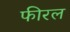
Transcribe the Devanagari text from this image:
फीरल